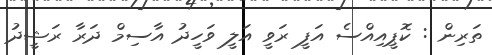
ތަރިން : ކޮޕީއިއްސެ އަފީ ރަވީ އަލީ ވަހީދު އާސިމް ދަރާ ރަޝީދު